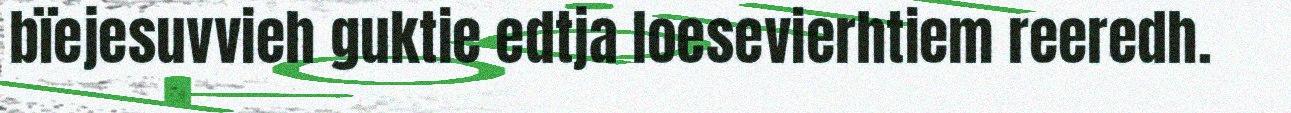
bïejesuvvieh guktie edtja loesevierhtiem reeredh.